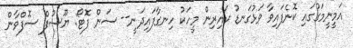
އަމީނީމަގުގައި ކޮނެފައިވާ ވަޅުގަނޑު ކައިރިން މީހަކު ހިނގާފައިދަނީ-- ސަން ފޮޓޯ: ޔޫސުފް ސޮފްވާން